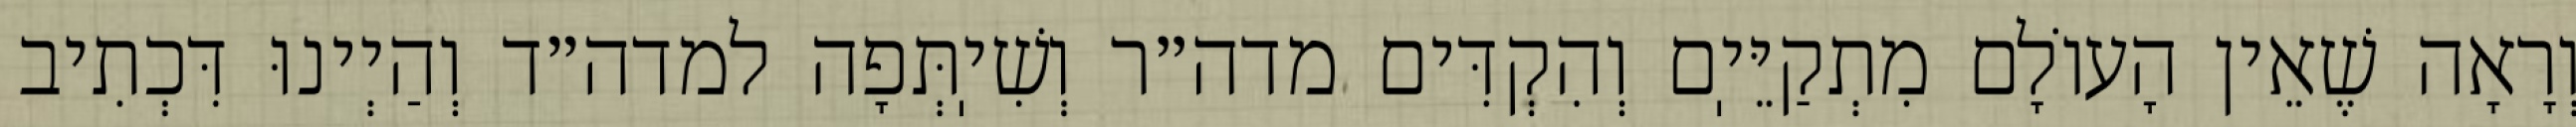
וְרָאָה שֶׁאֵין הָעוֹלָם מִתְקַיֵּיֽם וְהִקְדִּים מדה״ר וְשִׁיֽתְּפָה למדה״ד וְהַיְינוּ דִּכְתִיב